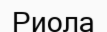
Риола